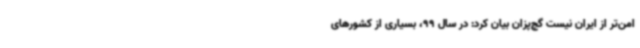
امن‌تر از ایران نیست گچ‌پزان بیان کرد: در سال 99، بسیاری از کشورهای